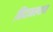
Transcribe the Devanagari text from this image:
निदानस्थान